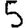
Digit: 5